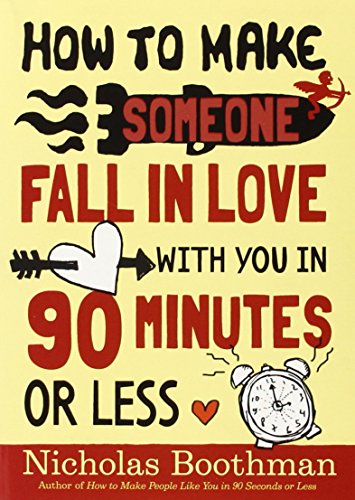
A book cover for How to Make Someone Fall in Love With You in 90 Minutes or Less; Nicholas Boothman; Self-Help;